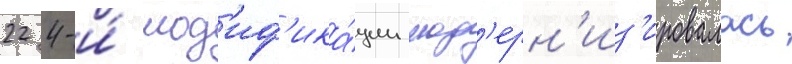
22 4-и́ мод'иф'ика́ции мод'ерн'из'ировалась